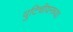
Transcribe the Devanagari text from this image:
युटिचीयनच्या